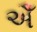
ઐઁ